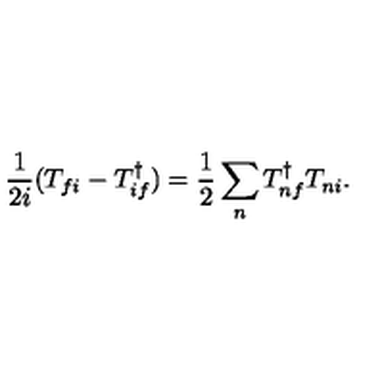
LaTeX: \frac { 1 } { 2 i } ( T _ { f i } - T _ { i f } ^ { \dagger } ) = \frac { 1 } { 2 } \sum _ { n } T _ { n f } ^ { \dagger } T _ { n i } .